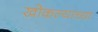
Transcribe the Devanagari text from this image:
खोकल्याच्या